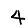
Digit: 4